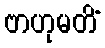
ဗာဟုမတိံ